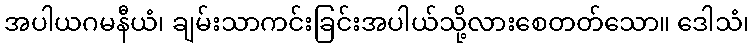
အပါယဂမနီယံ၊ ချမ်းသာကင်းခြင်းအပါယ်သို့လားစေတတ်သော။ ဒေါသံ၊